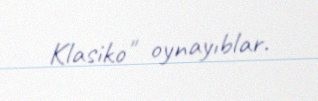
Klasiko" oynayıblar.